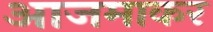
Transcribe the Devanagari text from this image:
आजमाकर